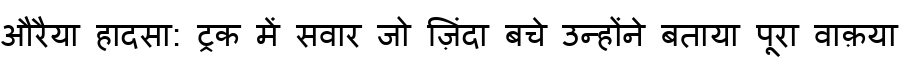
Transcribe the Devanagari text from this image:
औरैया हादसा: ट्रक में सवार जो ज़िंदा बचे उन्होंने बताया पूरा वाक़या